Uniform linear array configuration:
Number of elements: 64
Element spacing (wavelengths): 0.25
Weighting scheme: exponential
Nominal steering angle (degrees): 15
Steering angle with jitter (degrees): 13.208
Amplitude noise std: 0.05
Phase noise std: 0.05

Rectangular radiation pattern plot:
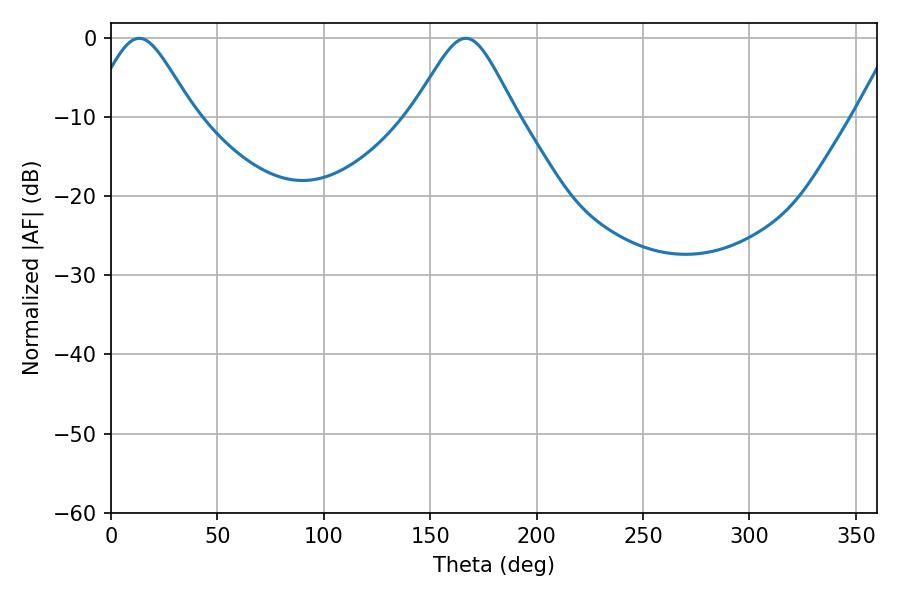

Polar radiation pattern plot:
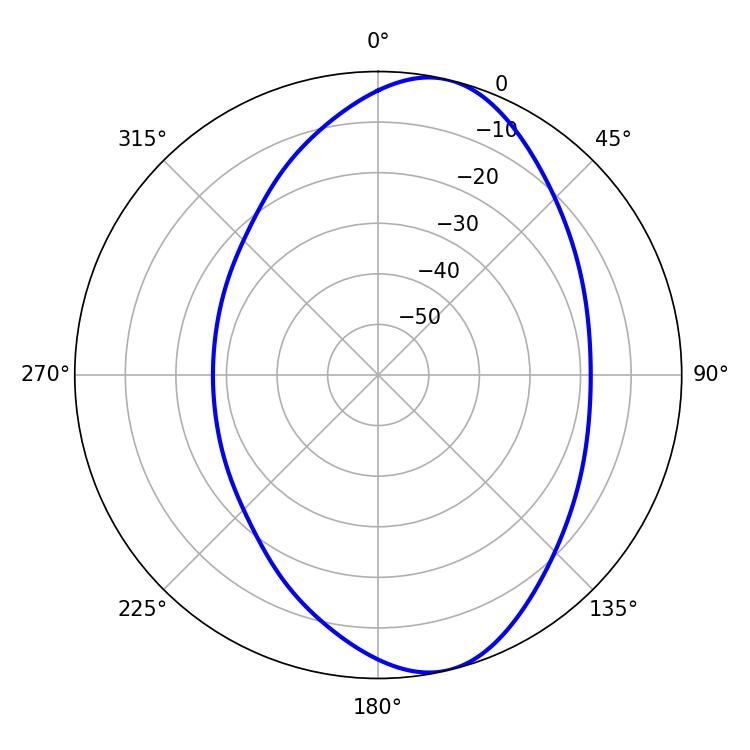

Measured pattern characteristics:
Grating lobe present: FALSE
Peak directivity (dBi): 8.892
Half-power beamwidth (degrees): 23.94
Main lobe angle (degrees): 13.32